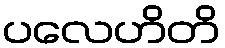
ပလေဟိတိ